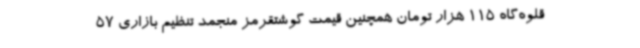
قلوه‌گاه 115 هزار تومان همچنین قیمت گوشتقرمز منجمد تنظیم بازاری 57